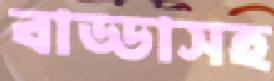
বাড্ডাসহ